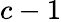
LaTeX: c-1